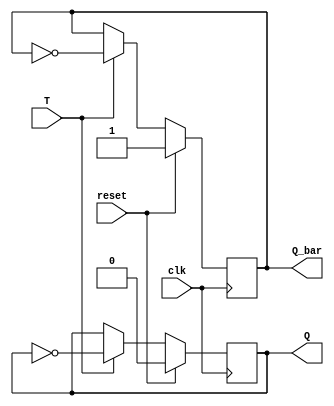
module T_flip_flop (
    input wire clk,
    input wire reset,
    input wire T,
    output reg Q,
    output reg Q_bar
);

always @(posedge clk) begin
    if (reset) begin
        Q <= 1'b0;
        Q_bar <= 1'b1;
    end else begin
        if (T) begin
            Q <= ~Q;
            Q_bar <= ~Q_bar;
        end
    end
end

endmodule